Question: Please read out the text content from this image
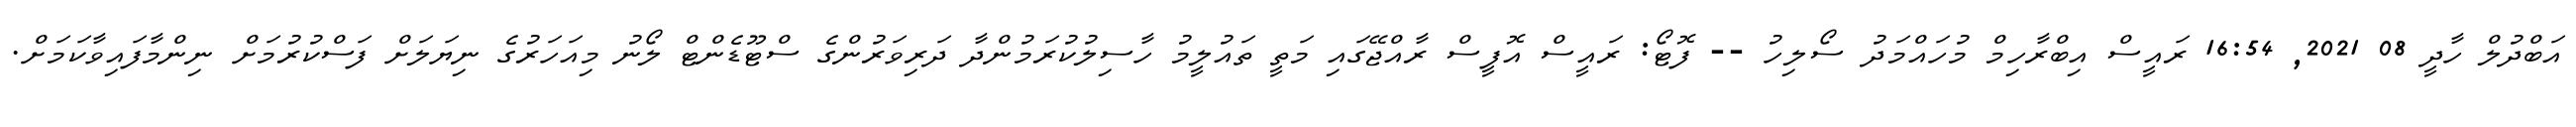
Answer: އަބްދުލް ހާދީ 08 2021, 16:54 ރައީސް އިބްރާހިމް މުހައްމަދު ސޯލިހު -- ފޮޓޯ: ރައީސް އޮފީސް ރާއްޖޭގައި މަތީ ތައުލީމު ހާސިލުކުރަމުންދާ ދަރިވަރުންގެ ސްޓޫޑެންޓް ލޯނު މިއަހަރުގެ ނިޔަލަށް ފަސްކުރުމަށް ނިންމާފައިވާކަމަށް.